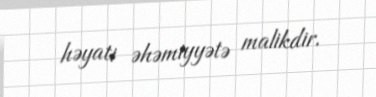
həyati əhəmiyyətə malikdir.